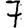
Digit: 7